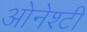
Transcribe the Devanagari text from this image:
ओनेश्टी